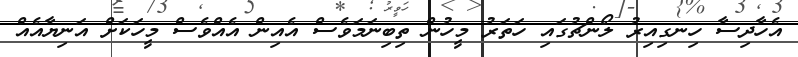
އެހާދިސާ ހިނގިއިރު ލޯންޗުގައި ހަތަރު މީހުން ތިބިނަމަވެސް އެއިން އެއްވެސް މީހަކަށް އަނިޔާއެއް